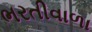
ભરતીવાળા